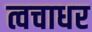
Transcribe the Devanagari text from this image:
त्वचाधर